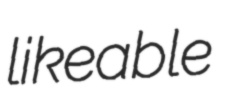
likeable